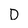
Character: D